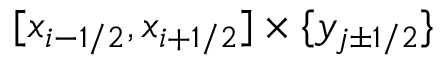
[ x _ { i - 1 / 2 } , x _ { i + 1 / 2 } ] \times \{ y _ { j \pm 1 / 2 } \}